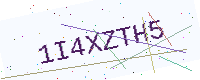
Text: 1I4XZTH5